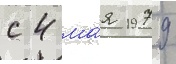
с 4 ма́я 1979